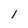
Character: 1